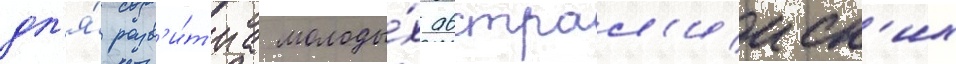
дл'я́ разв'и́т'иа молоды́х австрал'ииск'их